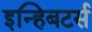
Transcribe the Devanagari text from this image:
इन्हिबटर्स